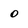
Character: o